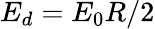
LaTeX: E_{d}=E_{0}R/2